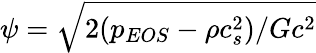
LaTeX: \psi=\sqrt{2({p_{EOS}}-\rho c_{s}^{2})/G{c^{2}}}